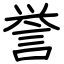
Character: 誉